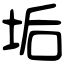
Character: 垢